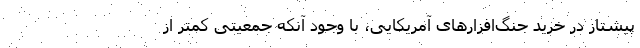
پیشتاز در خرید جنگ‌افزارهای آمریکایی، با وجود آنکه جمعیتی کمتر از